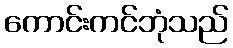
ကောင်းကင်ဘုံသည်